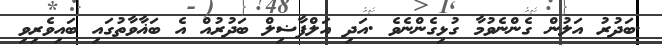
.ބަދުރު އަލުން ގެންނެވުމާ ގުޅިގެންނެވެ .އަދި އަލްފާޟިލް ބަދުރުއް އެ ބަޣާވާތުގައި ބައިވެރިވި